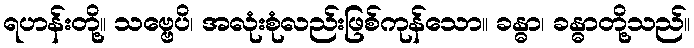
ရဟန်းတို့။ သဗ္ဗေပိ၊ အလုံးစုံလည်းဖြစ်ကုန်သော။ ခန္ဓာ၊ ခန္ဓာတို့သည်။